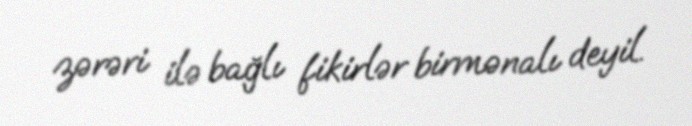
zərəri ilə bağlı fikirlər birmənalı deyil.